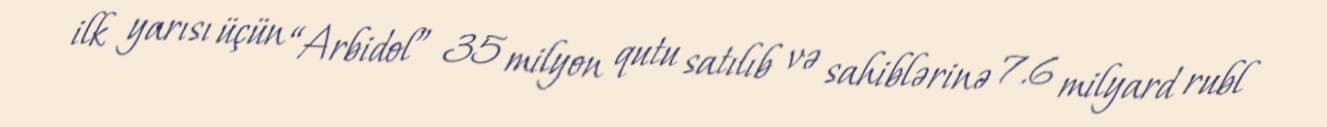
ilk yarısı üçün “Arbidol” 35 milyon qutu satılıb və sahiblərinə 7.6 milyard rubl